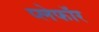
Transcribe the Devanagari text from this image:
प्लेफॉर